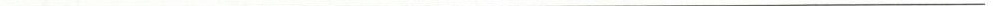
___